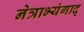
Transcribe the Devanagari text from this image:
नेत्राभ्यंगाद्